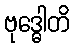
ဗုဒ္ဓေါတိ